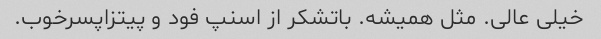
خیلی عالی. مثل همیشه. باتشکر از اسنپ فود و پیتزاپسرخوب.